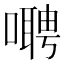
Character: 𫫺